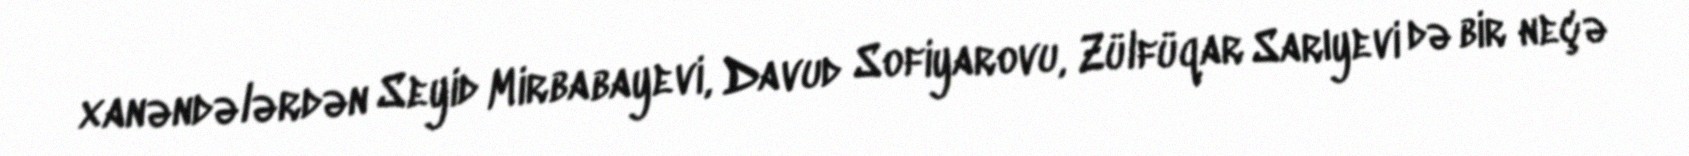
xanəndələrdən Seyid Mirbabayevi, Davud Sofiyarovu, Zülfüqar Sarıyevi də bir neçə